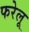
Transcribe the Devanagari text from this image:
फरेलू